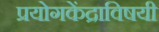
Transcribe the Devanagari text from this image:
प्रयोगकेंद्राविषयी